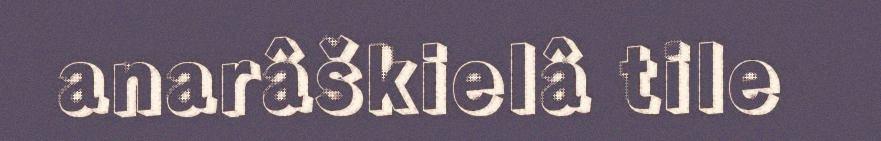
anarâškielâ tile